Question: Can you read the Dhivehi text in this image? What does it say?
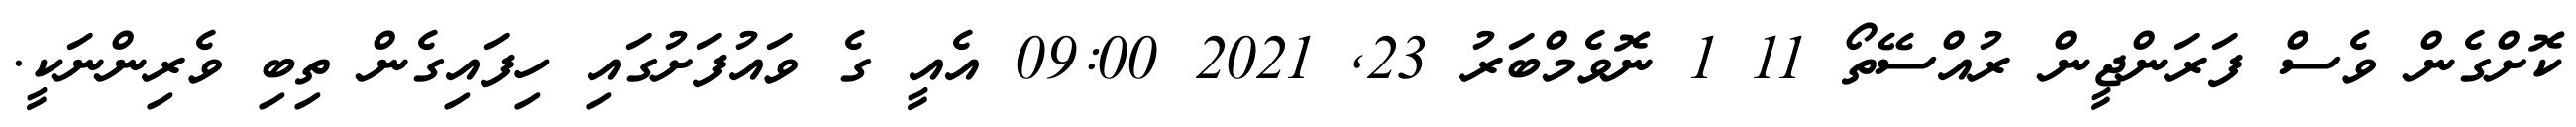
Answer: ކޮށްގެން ވެސް ފަރަންޖީން ރުއްސޭތޯ 11 1 ނޮވެމްބަރު 23, 2021 09:00 އެއީ ގެ ވައުފަށުގައި ހިފައިގެން ތިބި ވެރިންނަކީ.